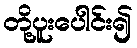
တို့ပူးပေါင်း၍